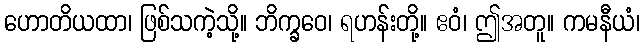
ဟောတိယထာ၊ ဖြစ်သကဲ့သို့။ ဘိက္ခဝေ၊ ရဟန်းတို့။ ဧဝံ၊ ဤအတူ။ ကမနီယံ၊